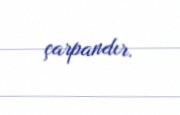
çarpandır.